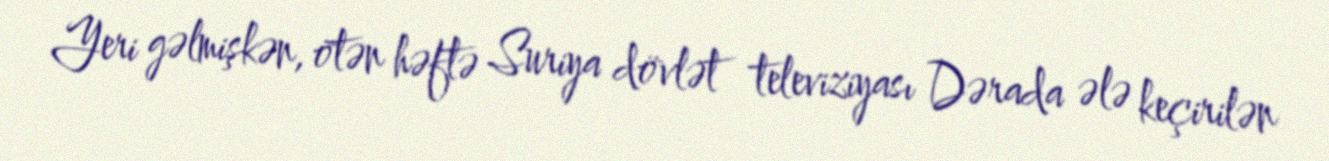
Yeri gəlmişkən, ötən həftə Suriya dövlət televiziyası Dərada ələ keçirilən